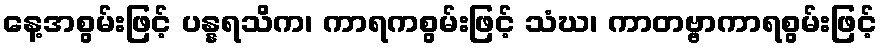
နေ့အစွမ်းဖြင့် ပန္နရသိက၊ ကာရကစွမ်းဖြင့် သံဃ၊ ကာတဗ္ဗာကာရစွမ်းဖြင့်